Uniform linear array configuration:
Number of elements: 24
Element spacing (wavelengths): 0.25
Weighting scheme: hamming
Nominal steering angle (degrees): -45
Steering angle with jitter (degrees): -45.776
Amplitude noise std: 0.05
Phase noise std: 0.05

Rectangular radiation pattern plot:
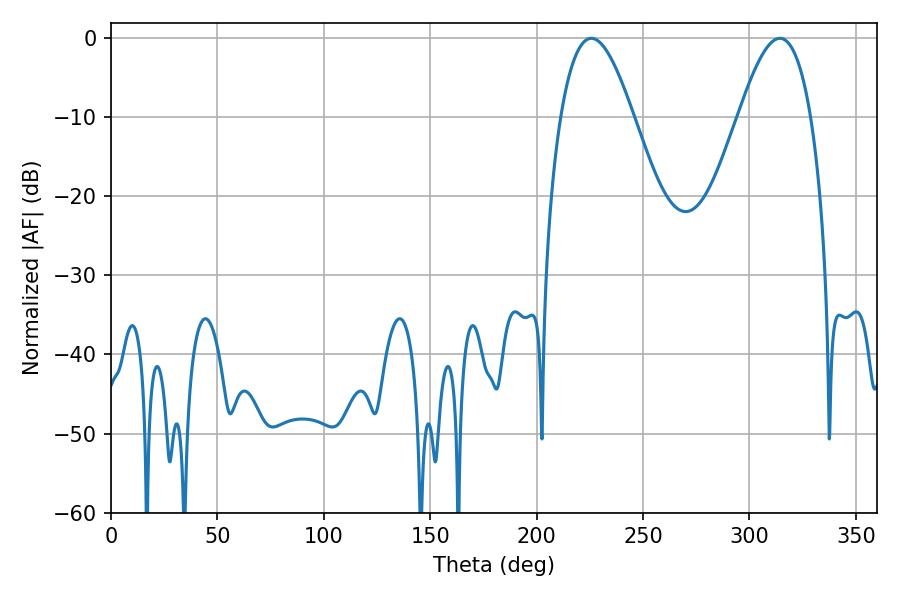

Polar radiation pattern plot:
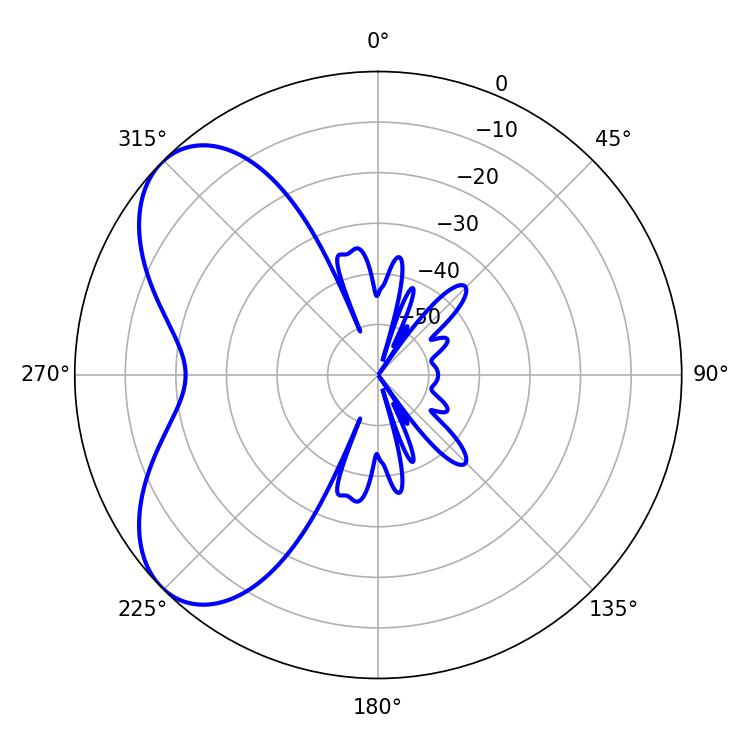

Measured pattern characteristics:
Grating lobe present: FALSE
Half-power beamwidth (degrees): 18.54
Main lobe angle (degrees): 225.72